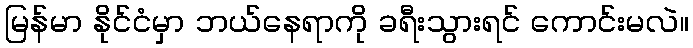
မြန်မာ နိုင်ငံမှာ ဘယ်နေရာကို ခရီးသွားရင် ကောင်းမလဲ။